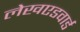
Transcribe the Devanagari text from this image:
लेखएडवार्ड